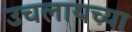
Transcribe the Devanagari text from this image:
उचलायच्या